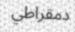
دمقراطي